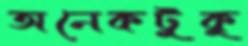
অনেকটুকু